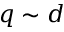
q \sim d